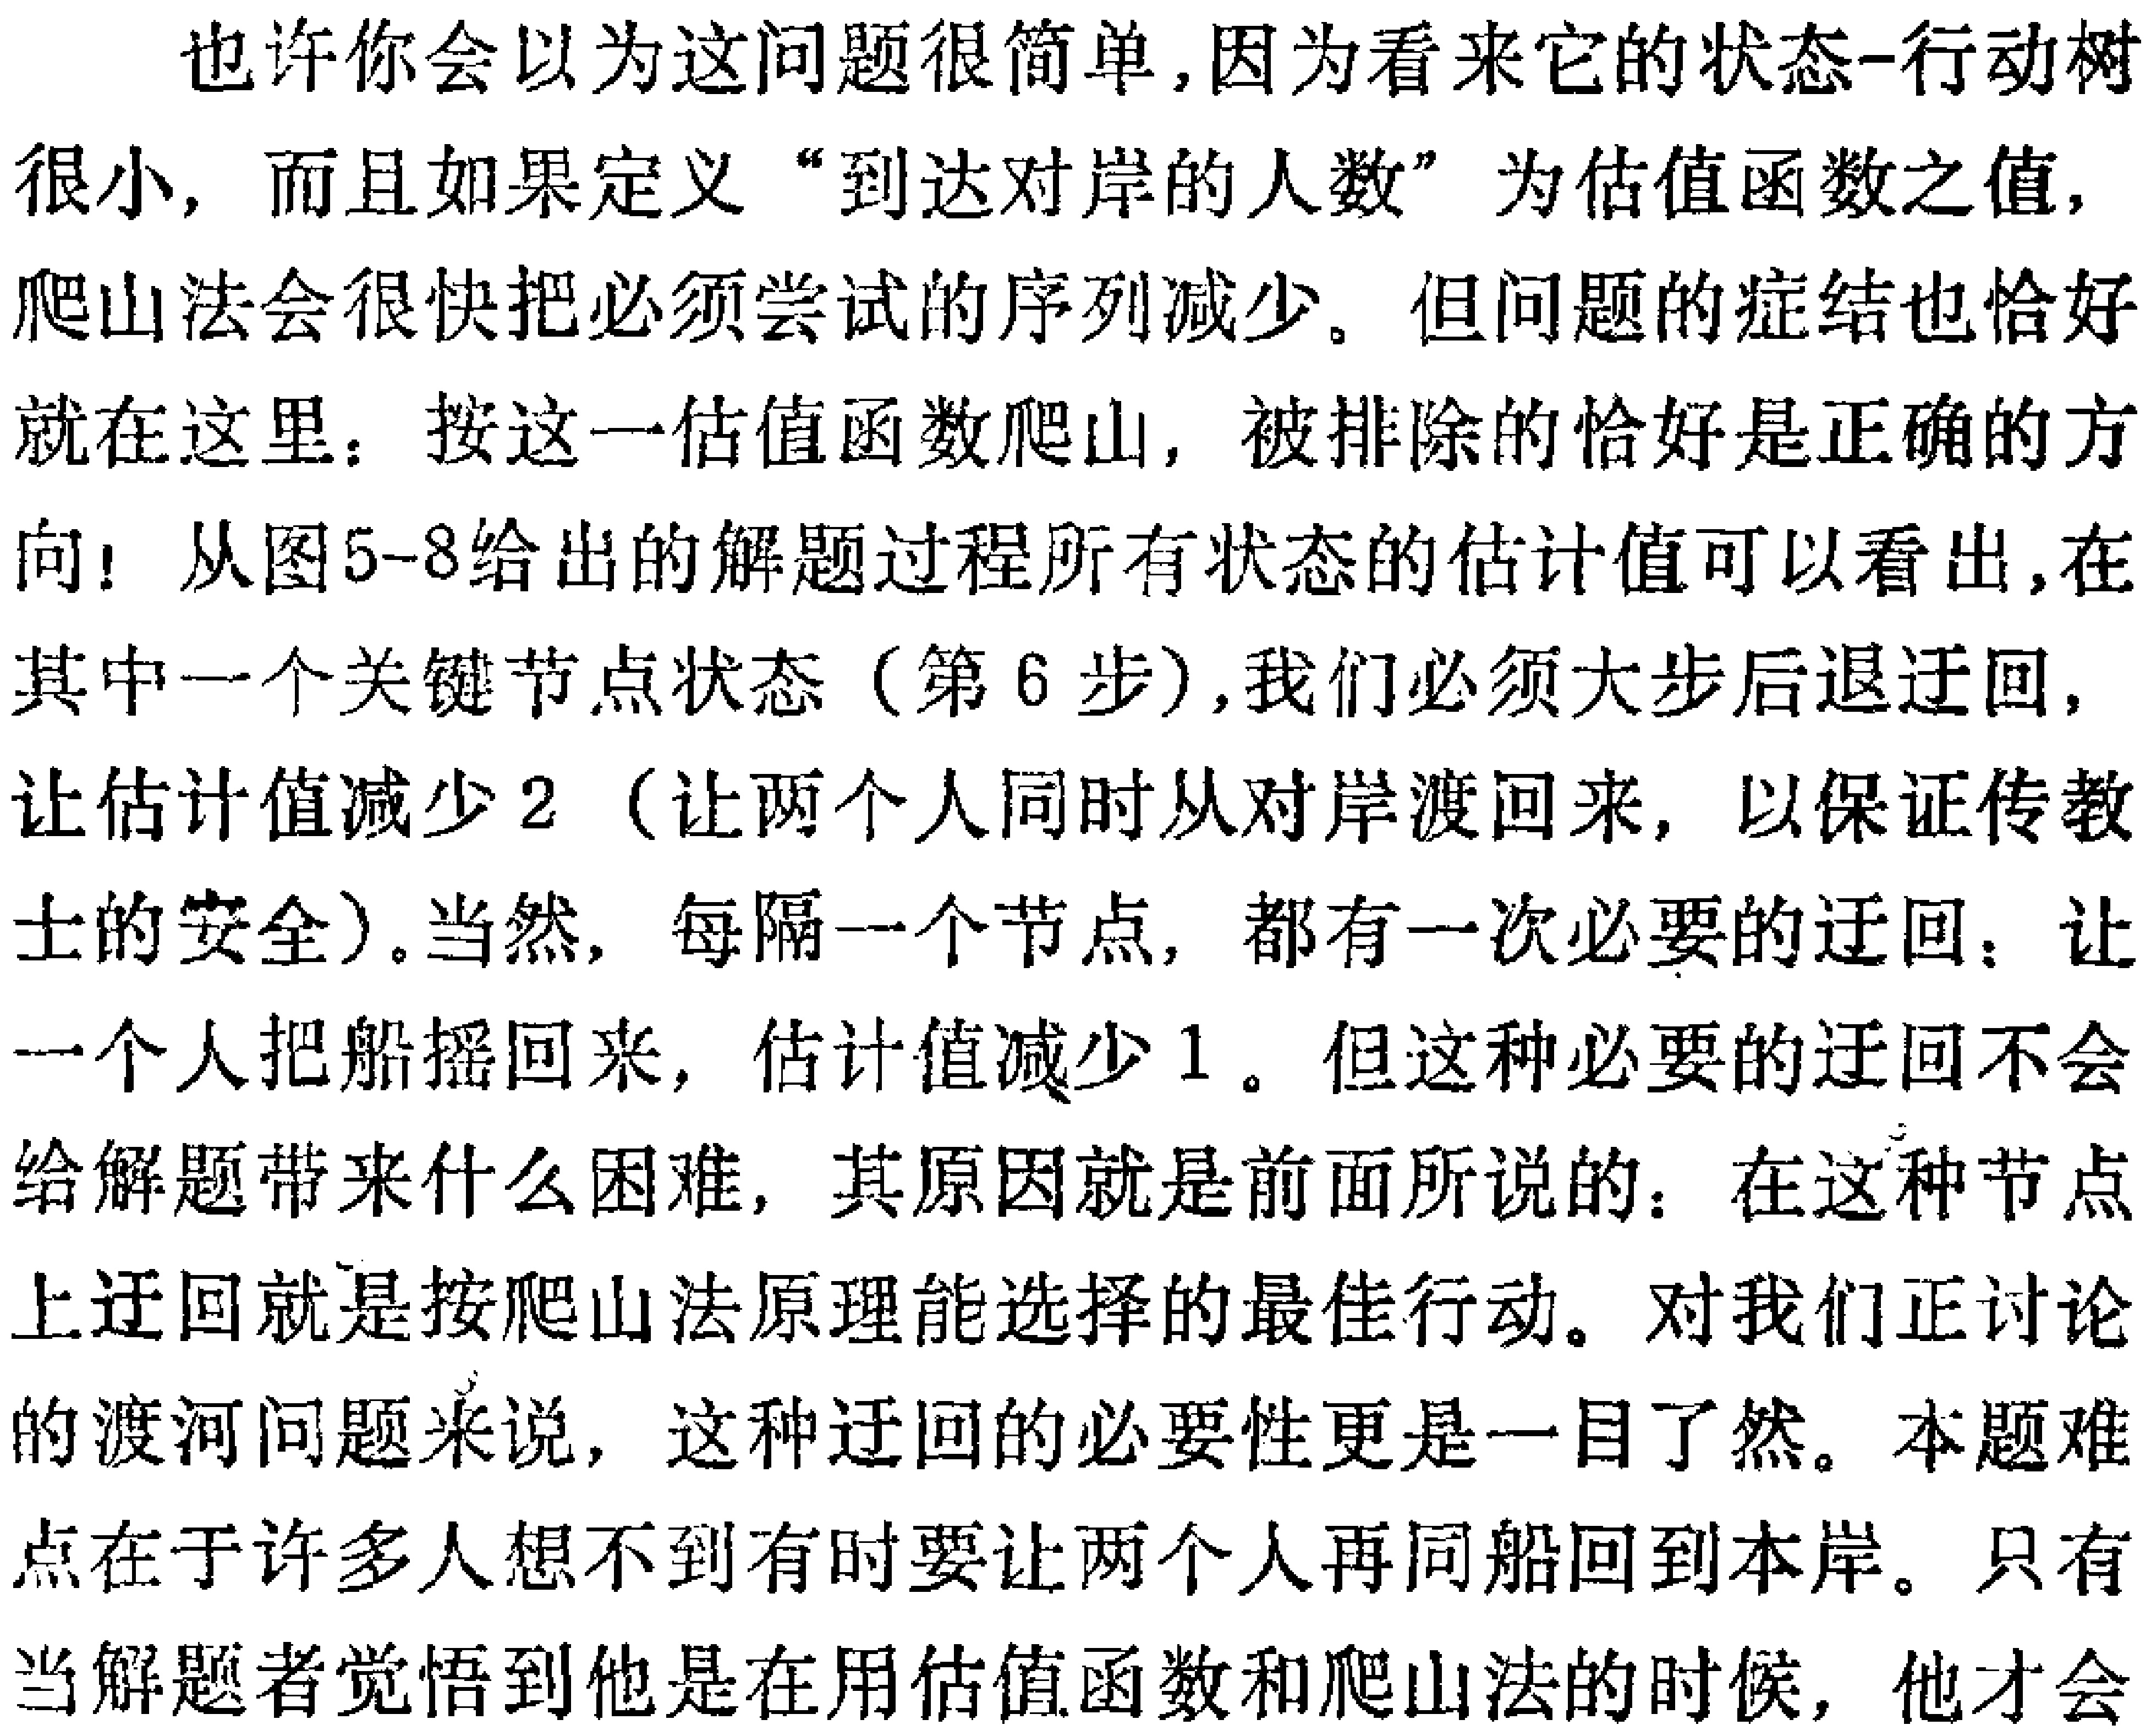
也许你会以为这问题很简单,因为看来它的状态-行动树
很小, 而且如果定义 “到达对岸的人数” 为估值函数之值,
爬山法会很快把必须尝试的序列减少。但问题的症结也恰好
就在这里：按这一估值函数爬山, 被排除的恰好是正确的方
向！从图5-8给出的解题过程所有状态的估计值可以看出,在
其中一个关键节点状态 (第6步),我们必须大步后退迂回,
让估计值减少2 (让两个人同时从对岸渡回来, 以保证传教
士的安全)。当然, 每隔一个节点, 都有一次必要的迂回：让
一个人把船摇回来, 估计值减少1 。但这种必要的迂回不会
给解题带来什么困难, 其原因就是前面所说的：在这种节点
上迂回就是按爬山法原理能选择的最佳行动。对我们正讨论
的渡河问题来说, 这种迂回的必要性更是一目了然。本题难
点在于许多人想不到有时要让两个人再同船回到本岸。只有
当解题者觉悟到他是在用估值函数和爬山法的时候, 他才会